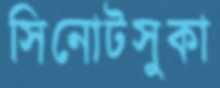
সিনোটসুকা